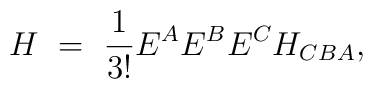
H \ = \ \frac{1}{3!} E^A E^B E^C H_{CBA},